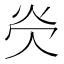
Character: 𪸖